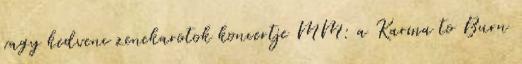
vagy kedvenc zenekarotok koncertje MM: a Karma to Burn